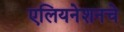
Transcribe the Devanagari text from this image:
एलियनेशनचे